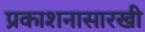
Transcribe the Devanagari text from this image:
प्रकाशनासारखी